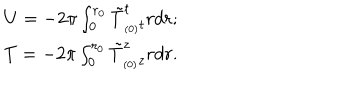
LaTeX: \begin{array} { l l } { { U = - 2 \pi \int _ { 0 } ^ { r _ { 0 } } \tilde { T } _ { _ { ( 0 ) } t } ^ { t } r d r ; } } \\ { { T = - 2 \pi \int _ { 0 } ^ { r _ { 0 } } \tilde { T } _ { _ { ( 0 ) } z } ^ { z } r d r . } } \\ \end{array}